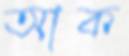
আক